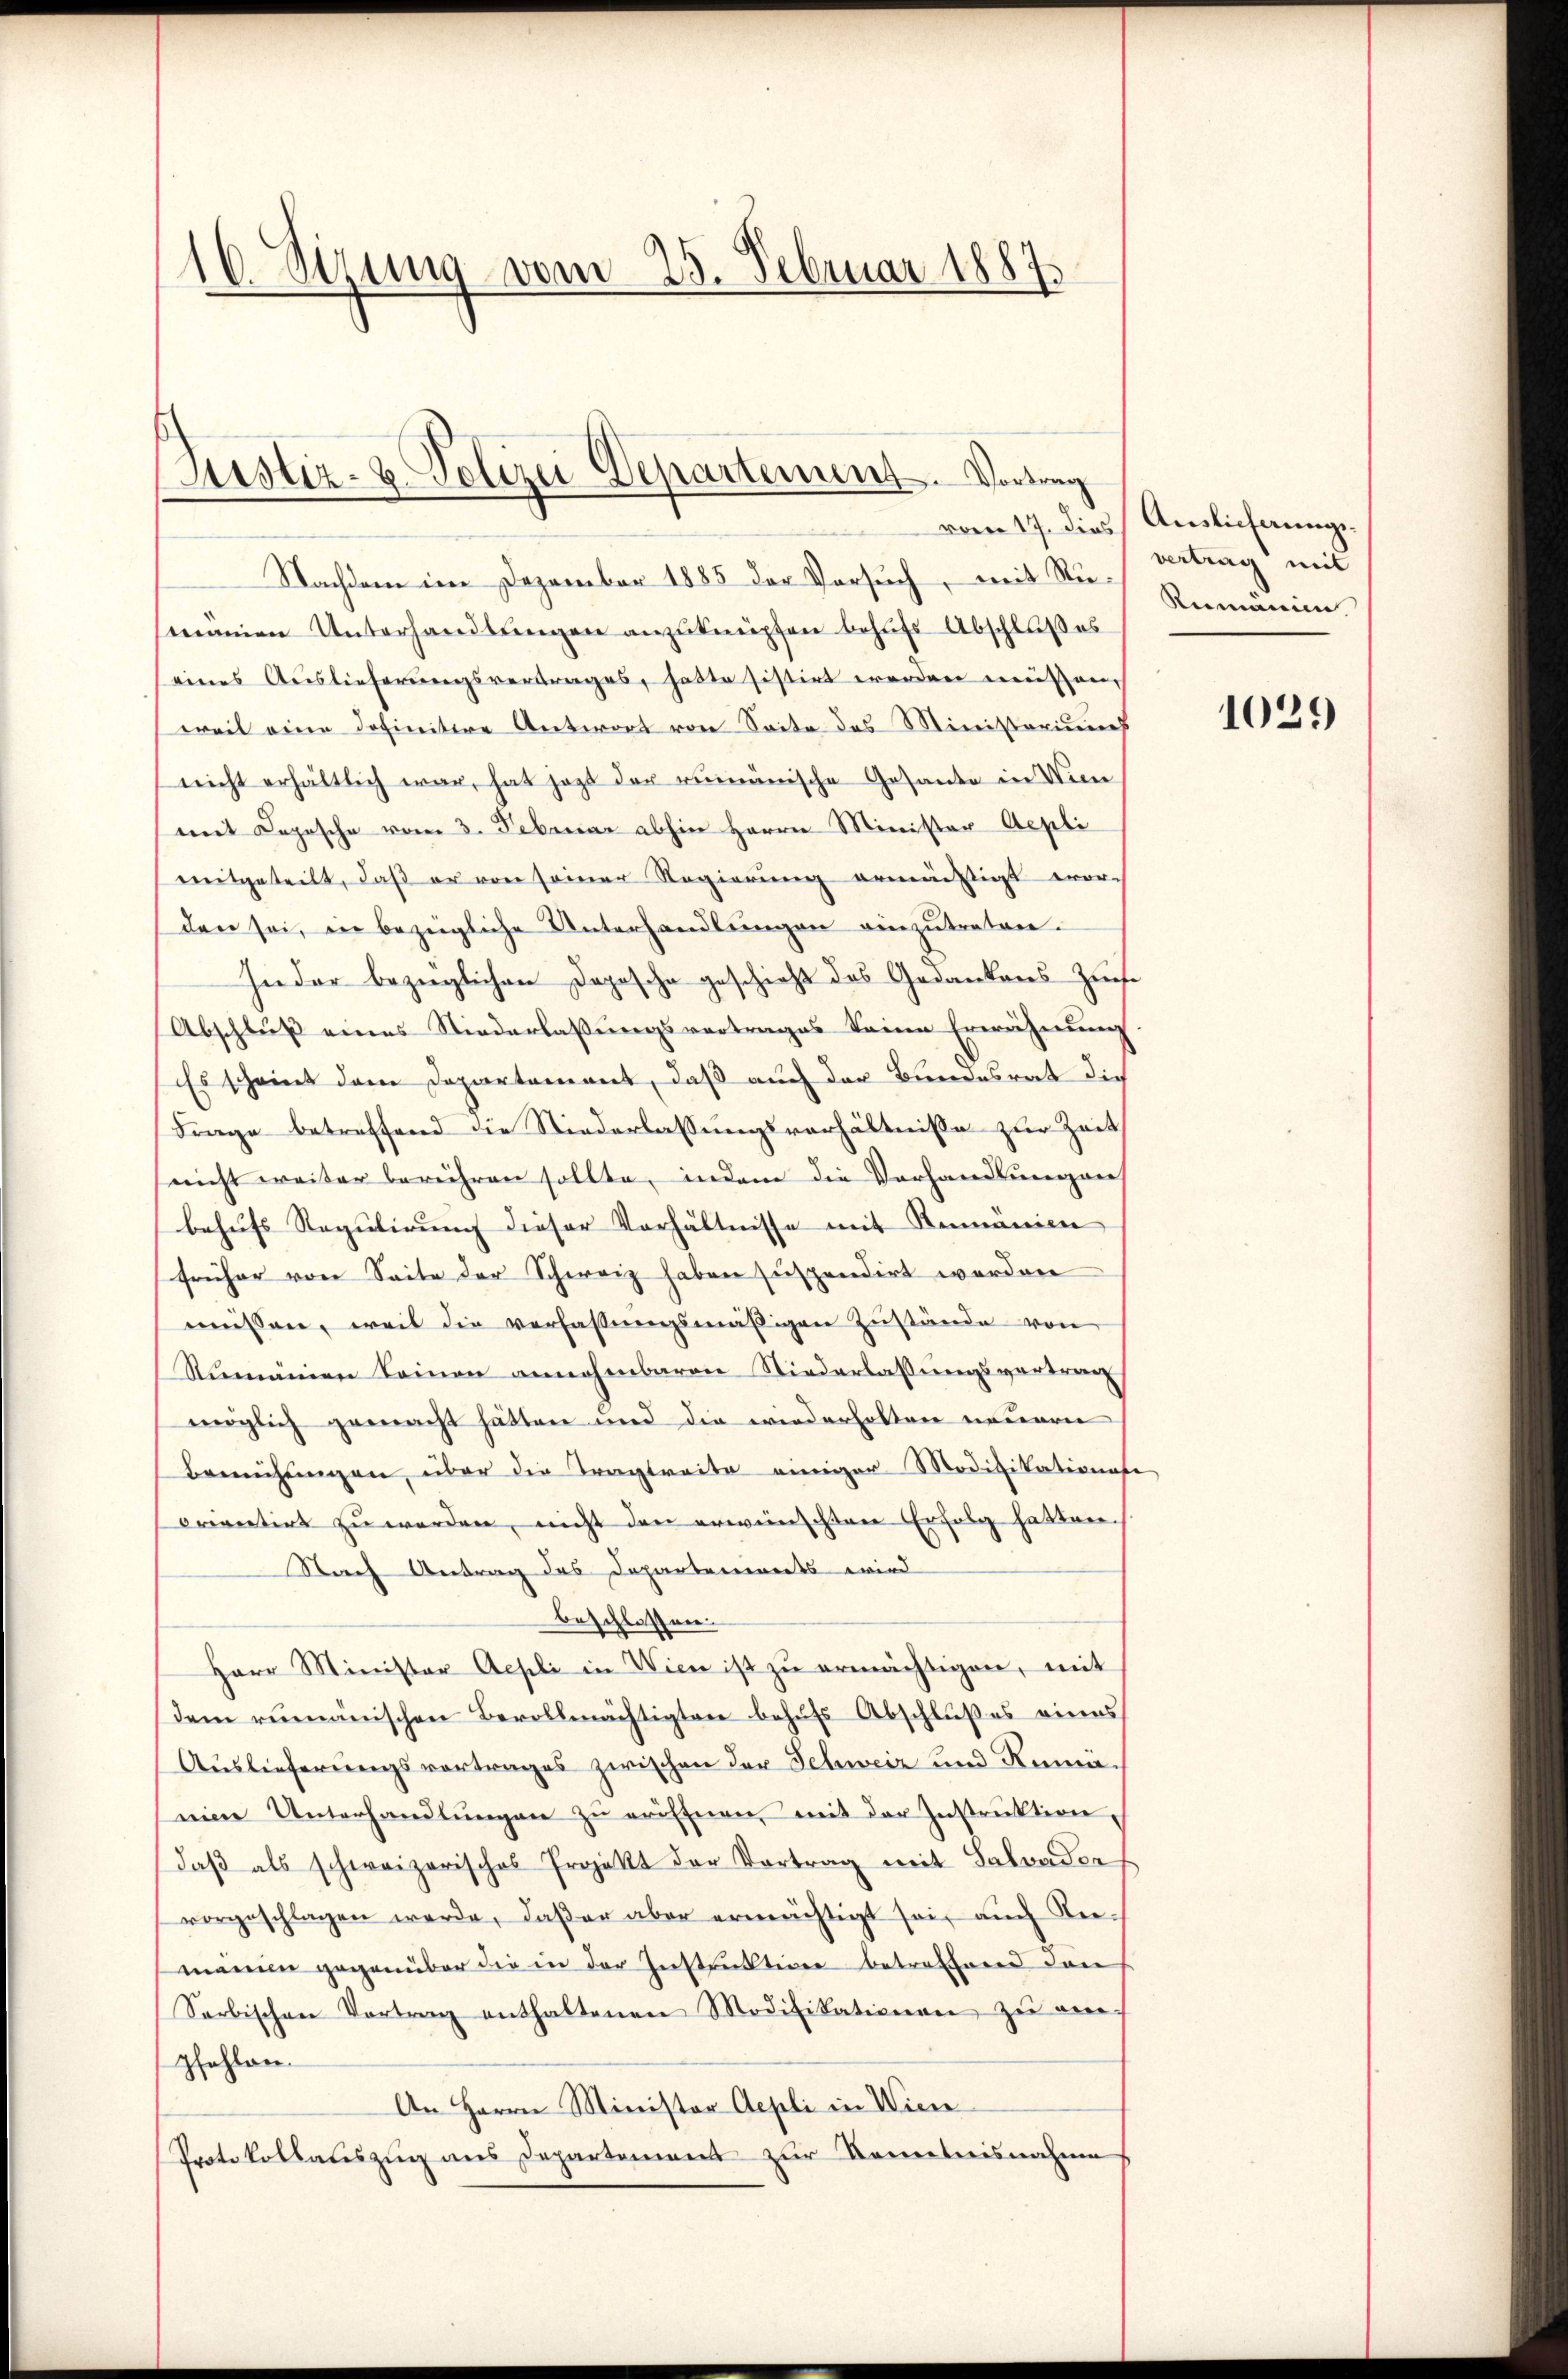
16. Sizung vom 25. Februar 1887.

Justiz- u. Polizei Departement. Vortrag

Nachdem im Dezember 1885 der Versuch, mit Ru- Rumänie.
manen Unterhandlungen anzuknüpfen behufs Abschlußes
eines Auslieferungsvertrages, hatte sistirt werden müßen
weil eine definitive Antwort von Seite des Ministeriums
nicht erhältlich war, hat jezt der rumänische Gesante in Ven
mit Copische vom 3. Februar abhin Herrn Minister Aepli
mitgeteilt, daß er von seiner Regierung ermächtigt wor-
den sei, in bezeigliche Unterhandlŭngen einzutreten.
Inder bezüglichen Dopische geschieht das Gedankens-Zinse
Abschluß eines Niederlaßungsvertrages keine Erwähnung
Es scheint dem Departement, daß auch der Bundesrat die
Frage betreffend die Niederlassungsverhältnisse zur Zeit
(nicht weiter berühren sollte, indem die Vorhandlungen,
behufs Regulirung dieser Verhältnisse mit Rumänien
früher von Seite der Schweiz haben suspendirt worden
müssen, weil die verfassŭngsmäßigen Zustände von
Rumännen keinen annehmbaren Niederlassungsvortrag
möglich gemacht hätten und die wiederholten neuern
Bemühungen, über die Tragtreite einiger Modifikationese
orientirt zŭ werden, nicht den erwünschten Erfolg hatten.
Nach Antrag des Departeninets wird
beschlossen.
Herr Minister Aepli in Wien ist zŭ ermächtigen, mit
dem rumänischen Bevollmächtigten behufs Abschlußes eines
Auslieferungsvortrages zwischen der Schweiz und Rumaseine Unterhandlŭngen zŭ eröffnen, mit der Instruktion,
daβ als schweizerisches Projekt der Vortrag mit Salvader
vorgeschlagen werde, daβer aber ermächtigt sei, auch Remanien gegenüber die in der Instruktion betreffend den
Serbischen Vortrag enthaltenen Modifikationen zŭ em-
pfahlen.
An Herrn Minister Aepli in Wien
Protokollauszug aus Departement zur Kenntnisnahme

vom 17. dies Auslichungsvertrag mit

1029